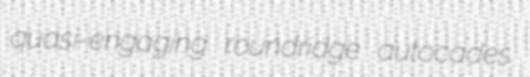
quasi-engaging roundridge autocades